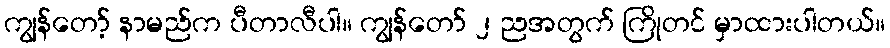
ကျွန်တော့် နာမည်က ပီတာလီပါ။ ကျွန်တော် ၂ ညအတွက် ကြိုတင် မှာထားပါတယ်။